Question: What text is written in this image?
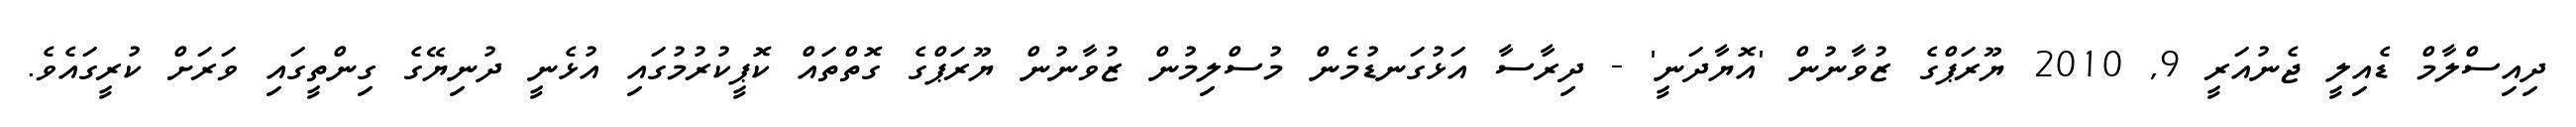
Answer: ދިއިސްލާމް ޑެއިލީ ޖެނުއަރީ 9, 2010 ޔޫރަޕްގެ ޒުވާނުން 'އޮޔާދަނީ' - ދިރާސާ އަޅުގަނޑުމެން މުސްލިމުން ޒުވާނުން ޔޫރަޕްގެ ގޮތްތައް ކޮޕީކުރުމުގައި އުޅެނީ ދުނިޔޭގެ ގިންތީގައި ވަރަށް ކުރީގައެވެ.